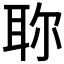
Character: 𦕗